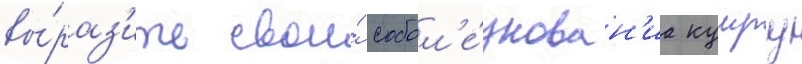
вы́раз'ить свои́ собол'е́знован'иа кумру